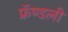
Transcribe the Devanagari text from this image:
फ्रॅण्डली